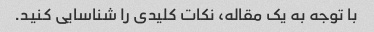
با توجه به یک مقاله، نکات کلیدی را شناسایی کنید.